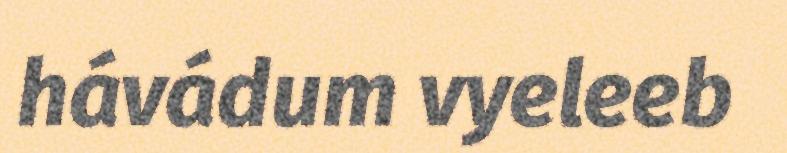
hávádum vyeleeb